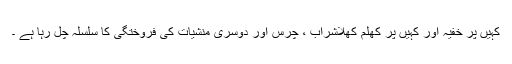
کہیں پر خفیہ اور کہیں پر کھلم کھلاشراب ، چرس اور دوسری منشیات کی فروختگی کا سلسلہ چل رہا ہے ۔